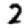
Digit: 2